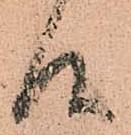
候